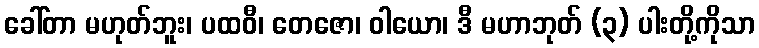
ခေါ်တာ မဟုတ်ဘူး၊ ပထဝီ၊ တေဇော၊ ဝါယော၊ ဒီ မဟာဘုတ် (၃) ပါးတို့ကိုသာ